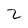
Character: 2